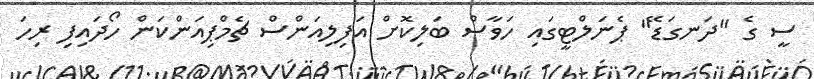
ސީ ގެ "ދަނގަޑޭ" ޕެނަލްޓީގައި ހަވާސް ބަލިކޮށް އަފިލިއަންސް ޗެމްޕިއަންކަން ހޯދައިފި ރިހަ